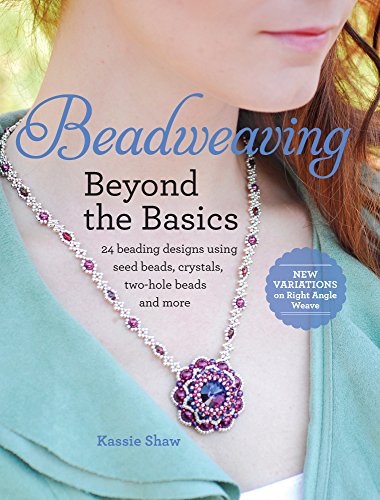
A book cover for Beadweaving Beyond the Basics: 24 Beading Designs Using Seed Beads, Crystals, Two-hole Beads and More; Kassie Shaw; Crafts, Hobbies & Home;